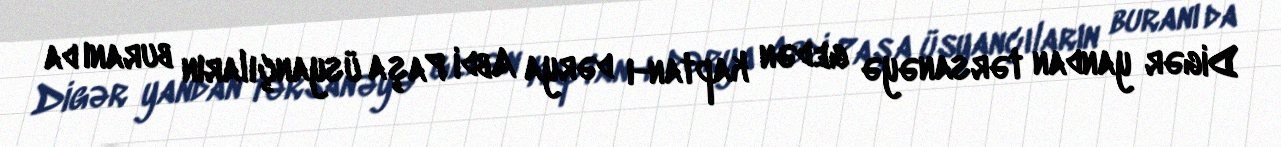
Digər yandan tərsanəyə gedən kaptan-ı dərya Abdi Paşa üsyançıların buranı da